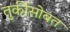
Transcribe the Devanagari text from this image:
तुर्कीसोबत